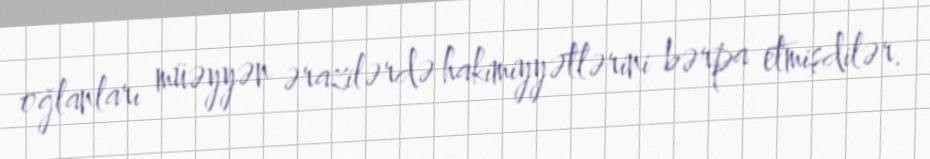
oğlanları müəyyən ərazilərdə hakimiyyətlərini bərpa etmişdilər.